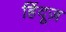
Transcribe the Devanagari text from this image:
हिंदूज़